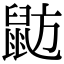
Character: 𪕃